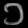
Digit: ၁